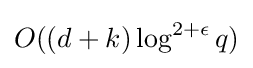
O((d+k)\log ^{2+\epsilon }q)